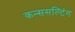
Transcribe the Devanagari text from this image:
कन्ससल्टिंग